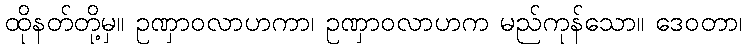
ထိုနတ်တို့မှ။ ဥဏှာဝလာဟကာ၊ ဥဏှာဝလာဟက မည်ကုန်သော။ ဒေဝတာ၊